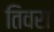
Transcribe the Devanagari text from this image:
तिवरा